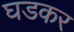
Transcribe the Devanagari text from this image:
घडकर